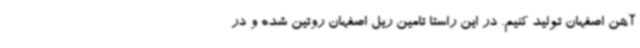
آهن اصفهان تولید کنیم. در این راستا تامین ریل اصفهان روتین شده و در